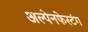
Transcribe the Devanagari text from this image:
अल्पेनफेस्टंग